Vaccination United Provinces of Agra and Oudh 1902-1913 - 1902-1913
Year: 1902
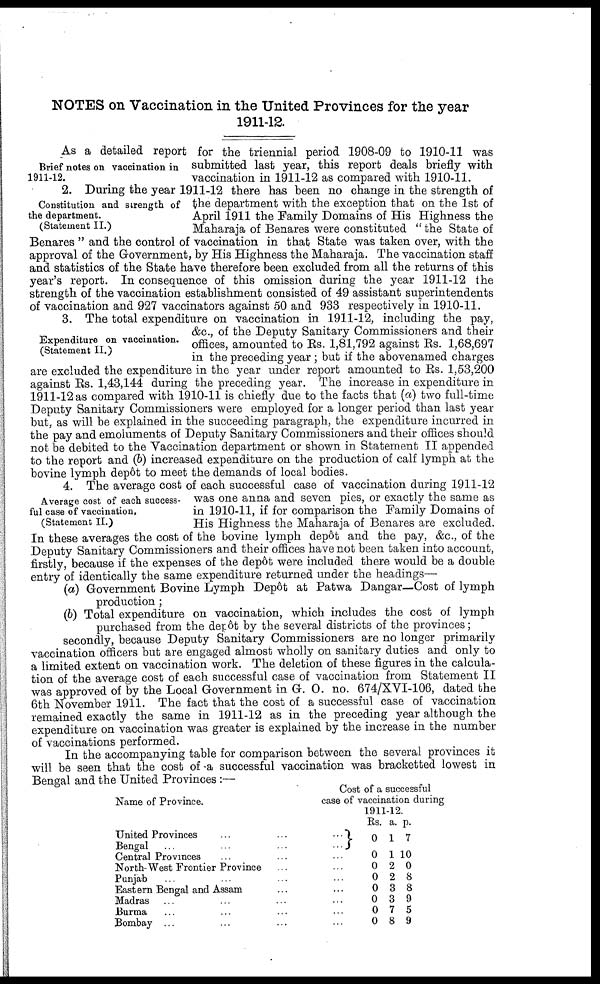
NOTES on Vaccination in the United Provinces for the year
1911-12.
Brief notes on vaccination in
1911-12.
As a detailed report for the triennial period 1908-09 to 1910-11 was
submitted last year, this report deals briefly with
vaccination in 1911-12 as compared with 1910-11.
Constitution and strength of
the department.
(Statement II.)
2. During the year 1911-12 there has been no change in the strength of
the department with the exception that on the 1st of
April 1911 the Family Domains of His Highness the
Maharaja of Benares were constituted "the State of
Benares" and the control of vaccination in that State was taken over, with the
approval of the Government, by His Highness the Maharaja. The vaccination staff
and statistics of the State have therefore been excluded from all the returns of this
year's report. In consequence of this omission during the year 1911-12 the
strength of the vaccination establishment consisted of 49 assistant superintendents
of vaccination and 927 vaccinators against 50 and 933 respectively in 1910-11.
Expenditure on vaccination.
(Statement II.)
3. The total expenditure on vaccination in 1911-12, including the pay,
&c., of the Deputy Sanitary Commissioners and their
offices, amounted to Rs. 1,81,792 against Rs. 1,68,697
in the preceding year ; but if the above named charges
are excluded the expenditure in the year under report amounted to Rs. 1,53,200
against Rs. 1,43,144 during the preceding year. The increase in expenditure in
1911-12 as compared with 1910-11 is chiefly due to the facts that (a) two full-time
Deputy Sanitary Commissioners were employed for a longer period than last year
but, as will be explained in the succeeding paragraph, the expenditure incurred in
the pay and emoluments of Deputy Sanitary Commissioners and their offices should
not be debited to the Vaccination department or shown in Statement II appended
to the report and (b) increased expenditure on the production of calf lymph at the
bovine lymph depôt to meet the demands of local bodies.
Average cost of each success-
ful case of vaccination,
(Statement II.)
4. The average cost of each successful case of vaccination during 1911-12
was one anna and seven pies, or exactly the same as
in 1910-11, if for comparison the Family Domains of
His Highness the Maharaja of Benares are excluded.
In these averages the cost of the bovine lymph depôt and the pay, &c., of the
Deputy Sanitary Commissioners and their offices have not been taken into account,
firstly, because if the expenses of the depôt were included there would be a double
entry of identically the same expenditure returned under the headings—
(a) Government Bovine Lymph Depôt at Patwa Dangar—Cost of lymph
production ;
(b) Total expenditure on vaccination, which includes the cost of lymph
purchased from the depôt by the several districts of the provinces;
secondly, because Deputy Sanitary Commissioners are no longer primarily
vaccination officers but are engaged almost wholly on sanitary duties and only to
a limited extent on vaccination work. The deletion of these figures in the calcula-
tion of the average cost of each successful case of vaccination from Statement II
was approved of by the Local Government in G. O. no. 674/XVI-106, dated the
6th November 1911. The fact that the cost of a successful case of vaccination
remained exactly the same in 1911-12 as in the preceding year although the
expenditure on vaccination was greater is explained by the increase in the number
of vaccinations performed.
In the accompanying table for comparison between the several provinces it
will be seen that the cost of a successful vaccination was bracketted lowest in
Bengal and the United Provinces :—
Name of Province.
United Provinces
...
...
...
Bengal
...
...
...
...
Central Provinces ... ... ...
North-West Frontier Province ... ...
Punjab ... ... ... ...
Eastern Bengal and Assam ... ... ...
Madras ... ... ... ...
Burma ... ... ... ...
Bombay ... ... ... ...
Cost of a successful
case of vaccination during
1911-12.
Rs.
0
0
0
0
0
0
0
0
a.
1
1
2
2
3
3
7
8
p.
7
10
0
8
8
9
5
9